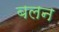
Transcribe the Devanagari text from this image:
बलन